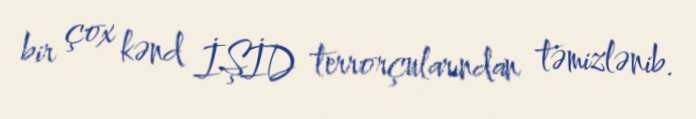
bir çox kənd İŞİD terrorçularından təmizlənib.